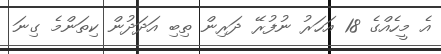
އެ މީހެއްގެ 18 އަހަރު ނުފުރޭ ދަރިން ތިބި އަދަދުން ކިތަންމެ ގިނަ